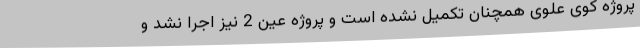
پروژه کوی علوی همچنان تکمیل نشده است و پروژه عین 2 نیز اجرا نشد و